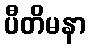
ပီတိမနာ